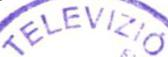
CNOKSEO